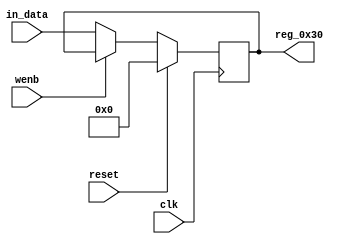
module r_RECEIVE_BYTE_COUNT(output reg [7:0] reg_0x30, input wire reset, input wire wenb, input wire [7:0] in_data, input wire clk);
	always@(posedge clk)
	begin
		if(reset==0) begin
			if(wenb==0)
				reg_0x30<=in_data;
			else
				reg_0x30<=reg_0x30;
		end
		else
			reg_0x30<=8'h00;
	end
endmodule